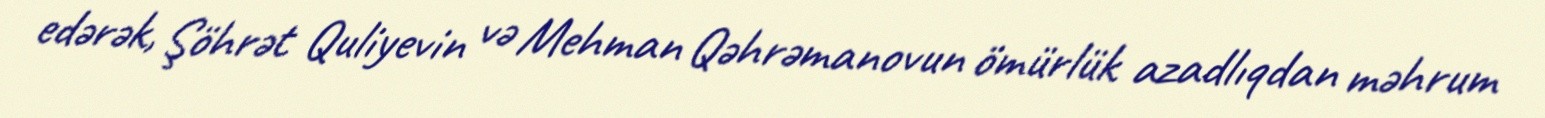
edərək, Şöhrət Quliyevin və Mehman Qəhrəmanovun ömürlük azadlıqdan məhrum